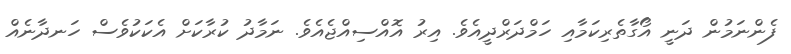
ފެންނަމުން ދަނީ އޯގާތެރިކަމާއި ހަމްދަރްދީއެވެ. އިރު އޮއްސިއްޖެއެވެ. ނަމާދު ކުރާކަށް އެކަކުވެސް ހަނދާނެއް